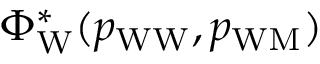
\Phi _ { \mathrm { W } } ^ { * } ( p _ { \mathrm { W W } } , p _ { \mathrm { W M } } )